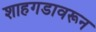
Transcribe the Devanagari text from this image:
शाहगडावरून